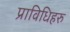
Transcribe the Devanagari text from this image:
प्राविधिहरु